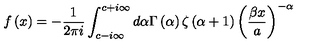
f \left( x \right) = - \frac { 1 } { 2 \pi i } \int _ { c - i \infty } ^ { c + i \infty } d \alpha \Gamma \left( \alpha \right) \zeta \left( \alpha + 1 \right) \left( \frac { \beta x } { a } \right) ^ { - \alpha }